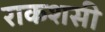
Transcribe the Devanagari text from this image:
राकशसी